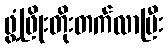
ဖွံ့ဖြိုးတိုးတက်လာပြီး